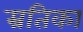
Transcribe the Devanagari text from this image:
म्रतिका